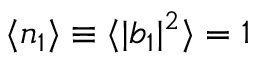
\langle n _ { 1 } \rangle \equiv \langle | b _ { 1 } | ^ { 2 } \rangle = 1